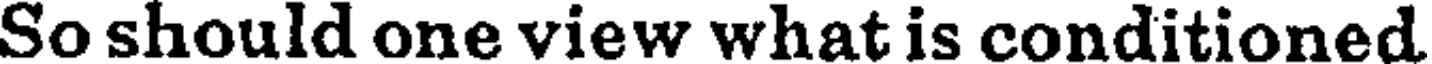
So should one view what is conditioned